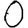
Digit: 0